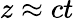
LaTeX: z\approx ct